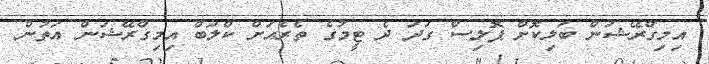
އިމިގްރޭޝަން ބަލިކޮށް ޕޮލިސް ގަދަ ދެ ޓީމުގެ ތެރެއަށް ކްލަބް އިމިގްރޭޝަން އަތުން